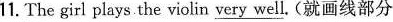
11. The girl plays the violin \underline{ very well}. ( 就画线部分